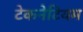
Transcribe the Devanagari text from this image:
टेकनेटियम